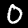
Label: 0